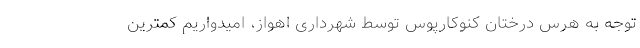
توجه به هرس درختان کنوکارپوس توسط شهرداری اهواز، امیدواریم کمترین